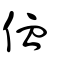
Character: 侐